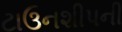
ટાઉનશીપની